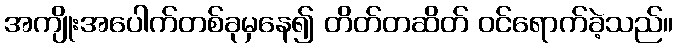
အကျိုးအပေါက်တစ်ခုမှနေ၍ တိတ်တဆိတ် ဝင်ရောက်ခဲ့သည်။